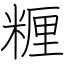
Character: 糎